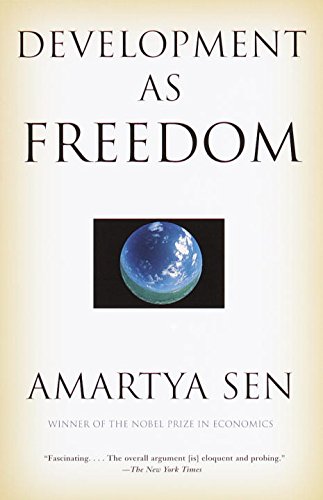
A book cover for Development as Freedom; Amartya Sen; Business & Money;